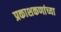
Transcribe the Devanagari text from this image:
प्रकाशकणांच्या